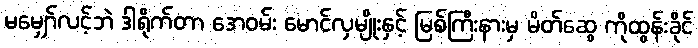
မမျှော်လင့်ဘဲ ဒါရိုက်တာ အေဝမ်း မောင်လှမျိုးနှင့် မြစ်ကြီးနားမှ မိတ်ဆွေ ကိုထွန်းခိုင်